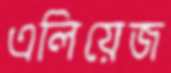
এলিয়েজ